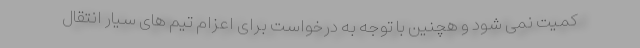
کمیت نمی شود و هچنین با توجه به درخواست برای اعزام تیم های سیار انتقال